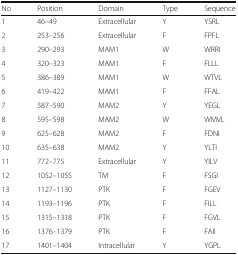
<table><thead><tr><td><b>No</b></td><td><b>Position</b></td><td><b>Domain</b></td><td><b>Type</b></td><td><b>Sequence</b></td></tr></thead><tbody><tr><td>1</td><td>46–49</td><td>Extracellular</td><td>Y</td><td>YSRL</td></tr><tr><td>2</td><td>253–256</td><td>Extracellular</td><td>F</td><td>FPFL</td></tr><tr><td>3</td><td>290–293</td><td>MAM1</td><td>W</td><td>WRRI</td></tr><tr><td>4</td><td>320–323</td><td>MAM1</td><td>F</td><td>FLLL</td></tr><tr><td>5</td><td>386–389</td><td>MAM1</td><td>W</td><td>WTVL</td></tr><tr><td>6</td><td>419–422</td><td>MAM1</td><td>F</td><td>FFAL</td></tr><tr><td>7</td><td>587–590</td><td>MAM2</td><td>Y</td><td>YEGL</td></tr><tr><td>8</td><td>595–598</td><td>MAM2</td><td>W</td><td>WMVL</td></tr><tr><td>9</td><td>625–628</td><td>MAM2</td><td>F</td><td>FDNI</td></tr><tr><td>10</td><td>635–638</td><td>MAM2</td><td>Y</td><td>YLTI</td></tr><tr><td>11</td><td>772–775</td><td>Extracellular</td><td>Y</td><td>YILV</td></tr><tr><td>12</td><td>1052–1055</td><td>TM</td><td>F</td><td>FSGI</td></tr><tr><td>13</td><td>1127–1130</td><td>PTK</td><td>F</td><td>FGEV</td></tr><tr><td>14</td><td>1193–1196</td><td>PTK</td><td>F</td><td>FILL</td></tr><tr><td>15</td><td>1315–1318</td><td>PTK</td><td>F</td><td>FGVL</td></tr><tr><td>16</td><td>1376–1379</td><td>PTK</td><td>F</td><td>FAII</td></tr><tr><td>17</td><td>1401–1404</td><td>Intracellular</td><td>Y</td><td>YGPL</td></tr></tbody></table>